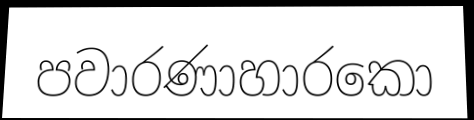
පවාරණාහාරකො